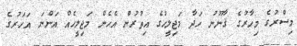
މިސްރުގެ މިހާރުގެ ޤާނޫނު ހަދާ މަޖިލީހުގެ އިތުރުން އެހެން މަޖިލީހެއް އަންނަ އަހަރުގެ